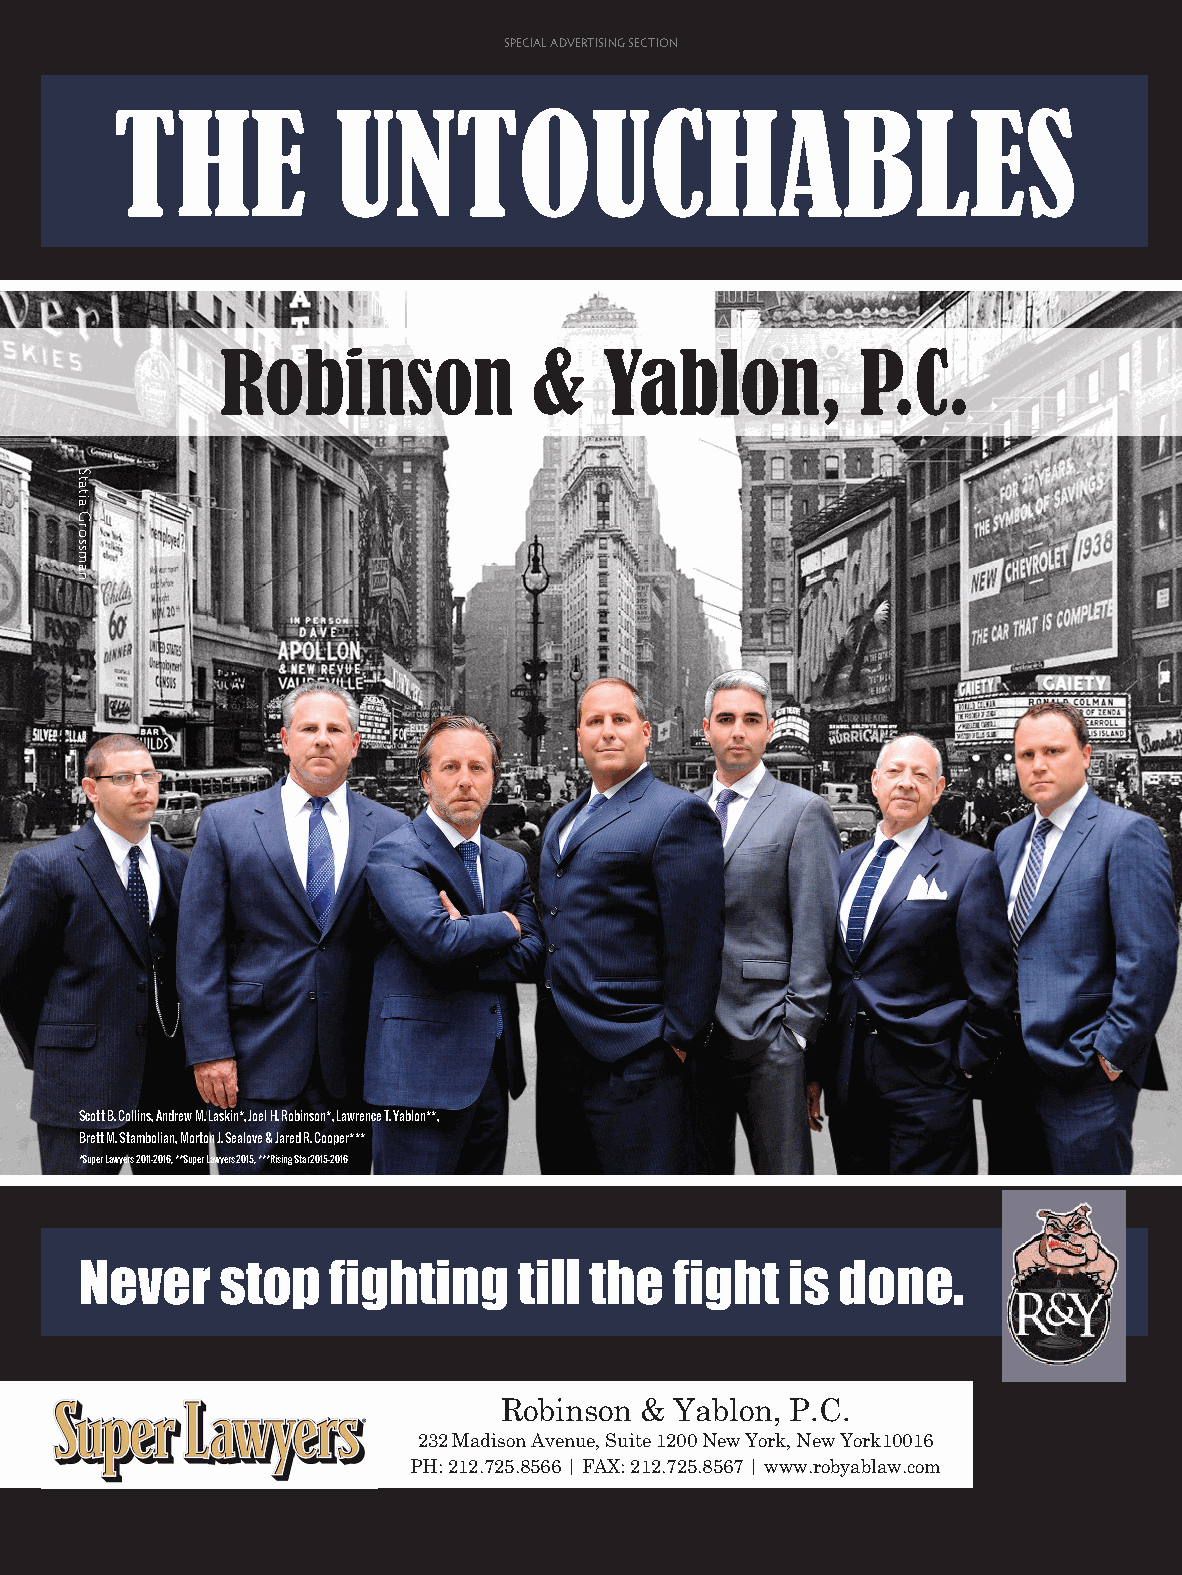
SPECIAL ADVERTISING SECTION
 THE            UNTOUCHABLES
 Robinson            &    Yablon,          P.C.
 Scott B. Collins, Andrew M. Laskin*, Joel H. Robinson*, Lawrence T. Yablon**,
 Brett M. Stambolian, Morton J. Sealove & Jared R. Cooper***
 *Super Lawyers 2011-2016, **Super Lawyers 2015, ***Rising Star 2015-2016
 Never     stop   fighting    till the  fight   is done.
 Robinson &  Yablon, P.C.
 232 Madison Avenue, Suite 1200 New York, New York10016
 PH: 212.725.8566 | FAX: 212.725.8567 | www.robyablaw.com
 LAWYERS_2016 [Print].indd 23                                          6/22/16 3:24 PM
 S
 i
 Statia
 Grossman